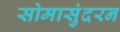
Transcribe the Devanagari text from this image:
सोमासुंदरन